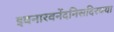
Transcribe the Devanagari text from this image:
इवनारवनेंदनिसदिरयया